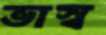
ভাস্ব